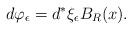
LaTeX: \begin{align*}d\varphi_{\epsilon}=d^*\xi_{\epsilon}B_R(x).\end{align*}